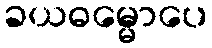
ခယဓမ္မောပေ